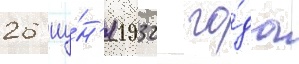
26 иу́н'я 1932 го́да